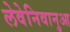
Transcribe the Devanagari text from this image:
लेवेनिवानुआ